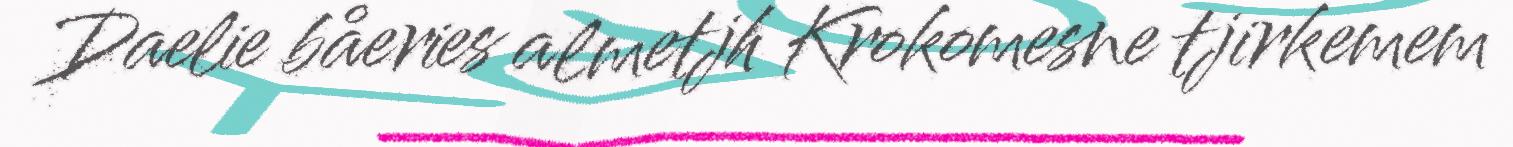
Daelie båeries almetjh Krokomesne tjirkemem